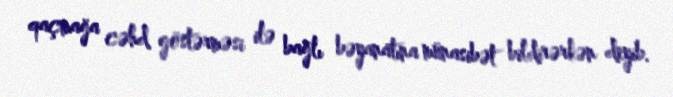
qaçmağa cəhd göstərməsi ilə bağlı bəyanatına münasibət bildirərkən deyib.